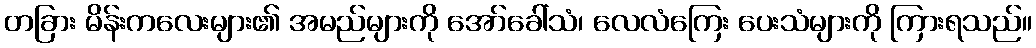
တခြား မိန်းကလေးများ၏ အမည်များကို အော်ခေါ်သံ၊ လေလံကြေး ပေးသံများကို ကြားရသည်။